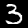
Label: 3